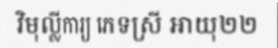
វិមុល្លីការ្យ ភេទស្រី អាយុ២២